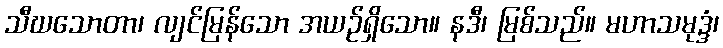
သီဃသောတာ၊ လျင်မြန်သော အယဉ်ရှိသော။ နဒီ၊ မြစ်သည်။ မဟာသမုဒ္ဒံ၊